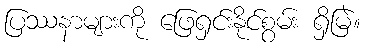
ပြဿနာများကို ဖြေရှင်းနိုင်စွမ်း ရှိမြဲ။